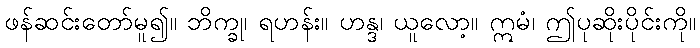
ဖန်ဆင်းတော်မူ၍။ ဘိက္ခု၊ ရဟန်း။ ဟန္ဒ၊ ယူလော့။ ဣမံ၊ ဤပုဆိုးပိုင်းကို။